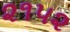
૨૧૫૨